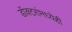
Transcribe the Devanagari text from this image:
डॉक्‍टरांमध्येही